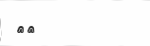
٢٩